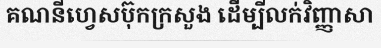
គណនីហ្វេសប៊ុកក្រសួង ដើម្បីលក់វិញ្ញាសា